EELK_Paldiski_kogudus, lk 41
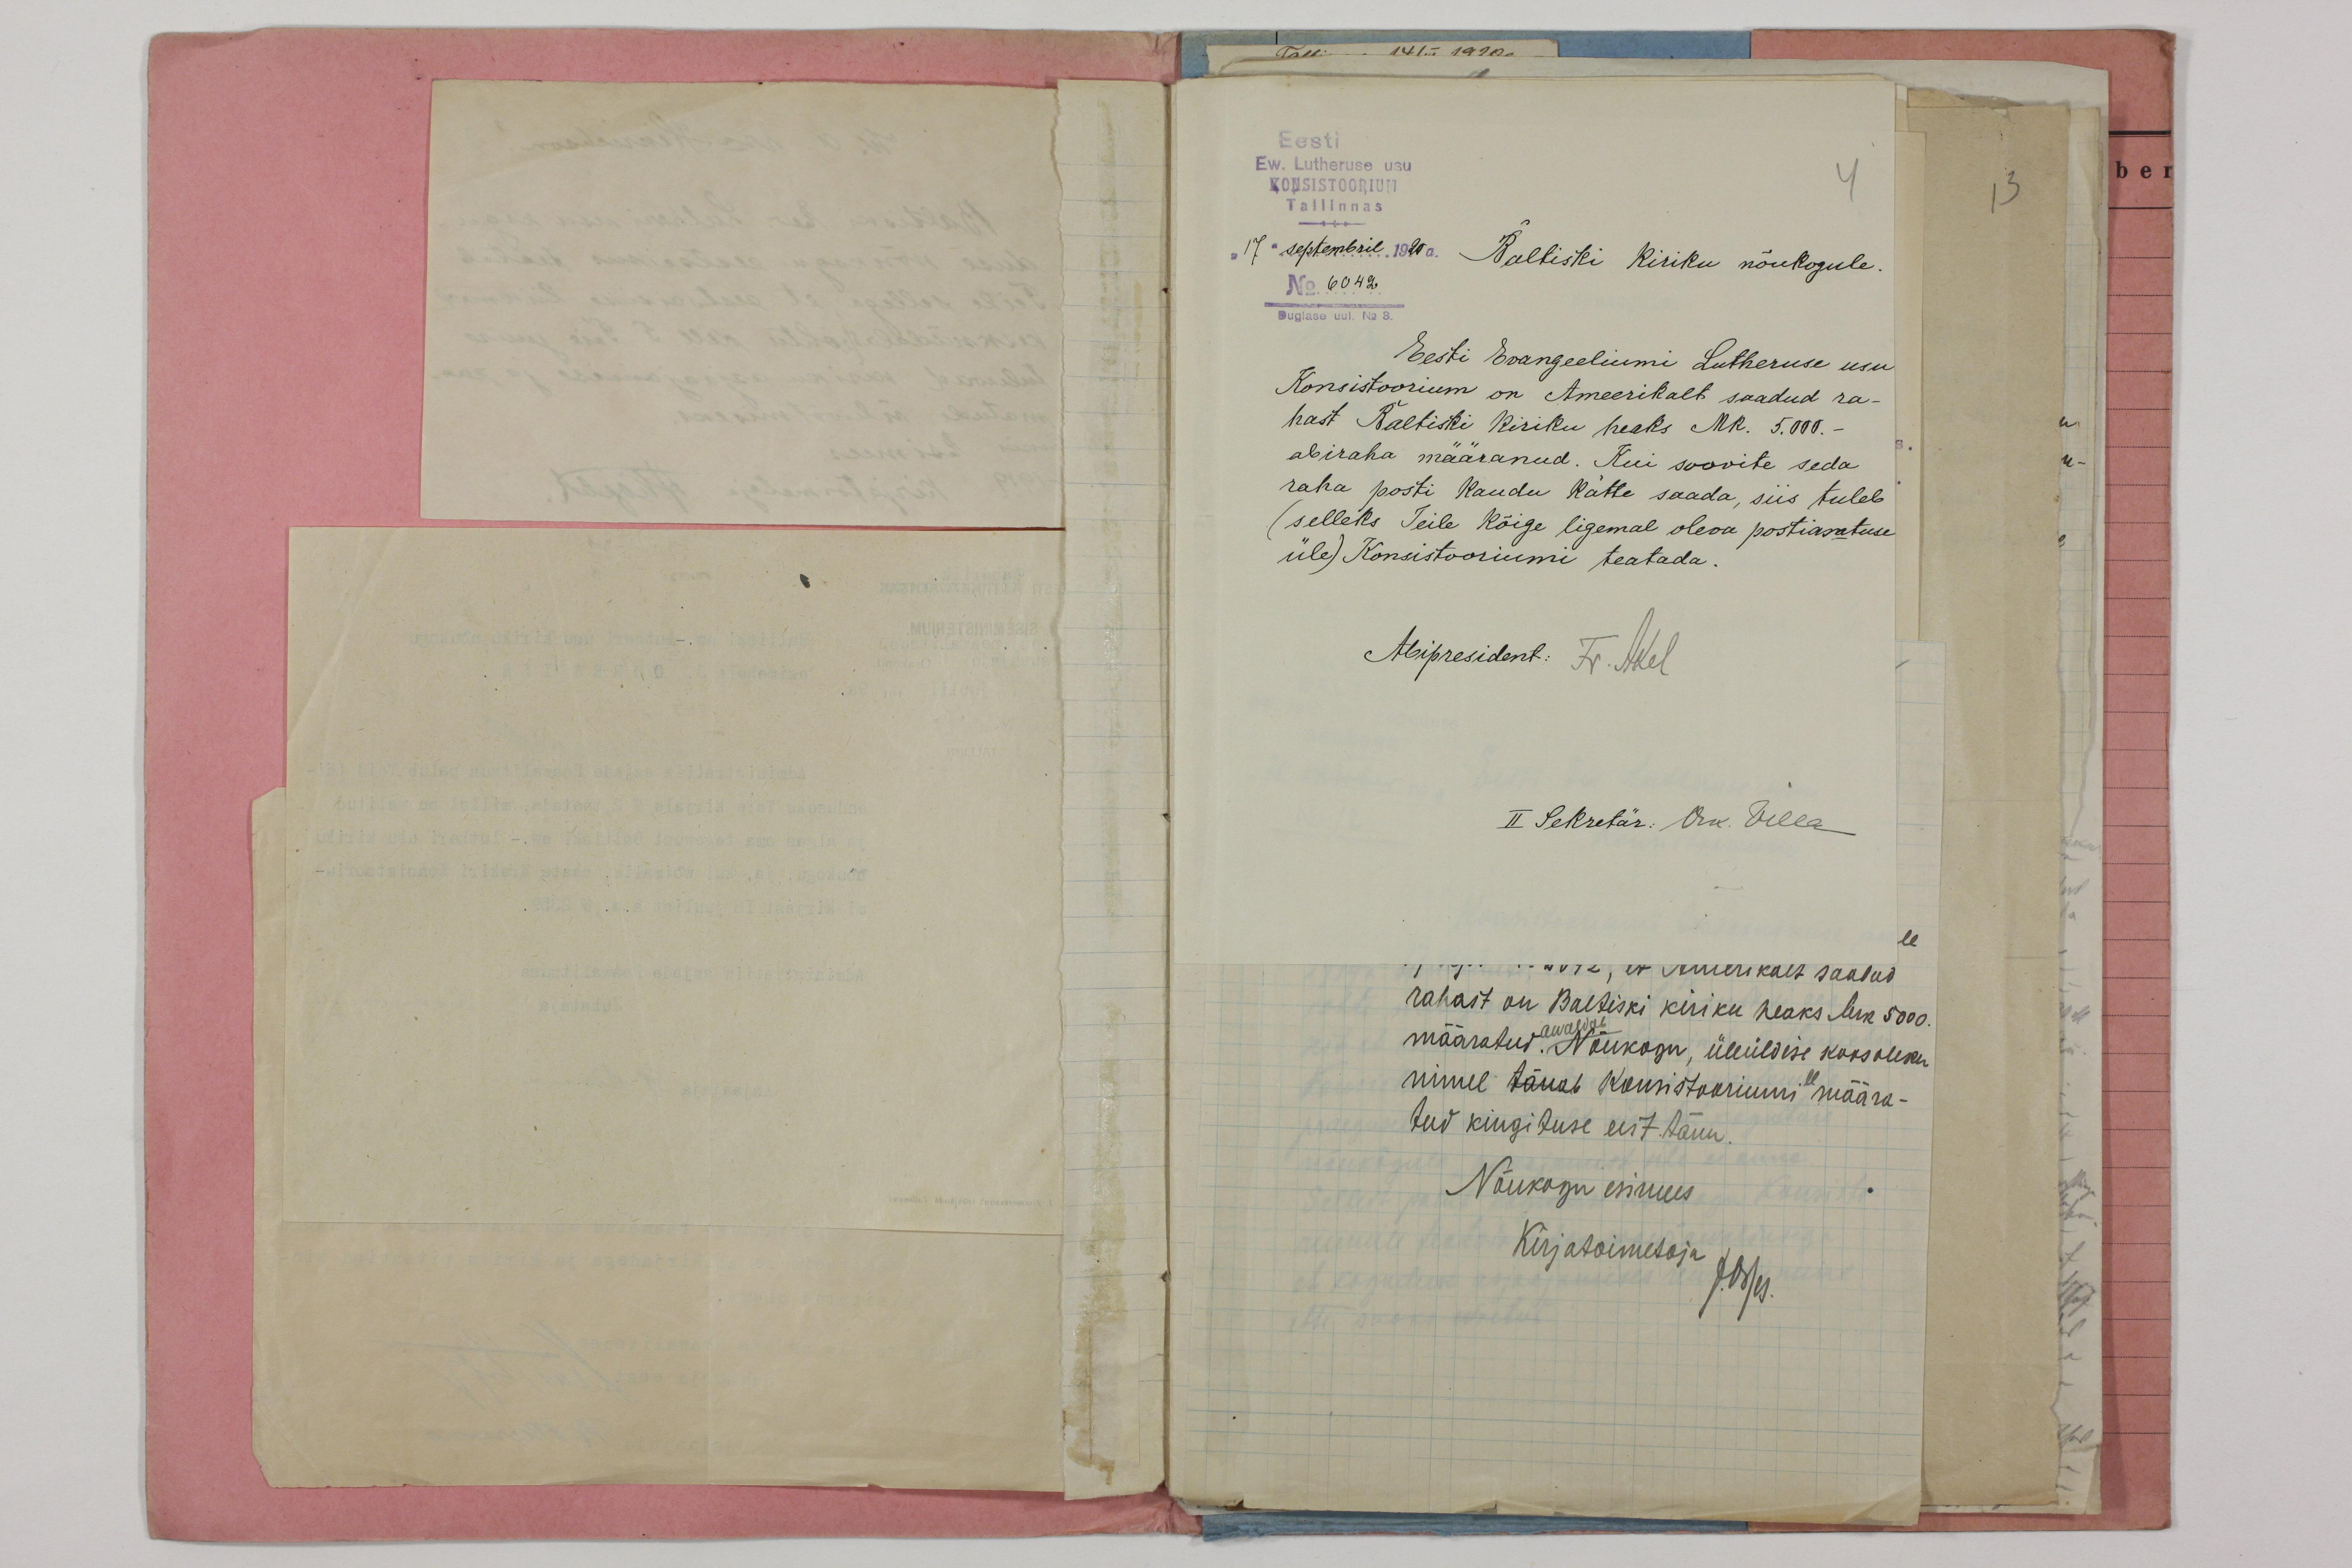
Eesti
Ew. Lutheruse usu,
Eesti
KONSISTOORIUM
4
Tallinnas
17 septembril 1920 Baltiski Kiriku nõukogule.
No 6042
Duglase uul. No 3.
Eesti Evangeeliumi Lutheruse usu
Konsistoorium on Ameerikalt saadud ra-
hast Baltiski kiriku heaks Mk. 5.000.-
abiraha määranud. Kui soovite seda
raha posti kaudu kätte saada, siis tuleb
(selleks Teile kõige ligemal oleva postiasatuse
üle) Konsistooriumi teatada.
Abipresident: Fr. Akel
II Sekretär: Osk. Villa